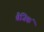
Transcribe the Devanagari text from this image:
बैजिकं